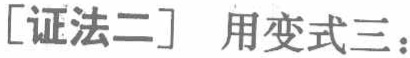
[证法二] 用变式三：